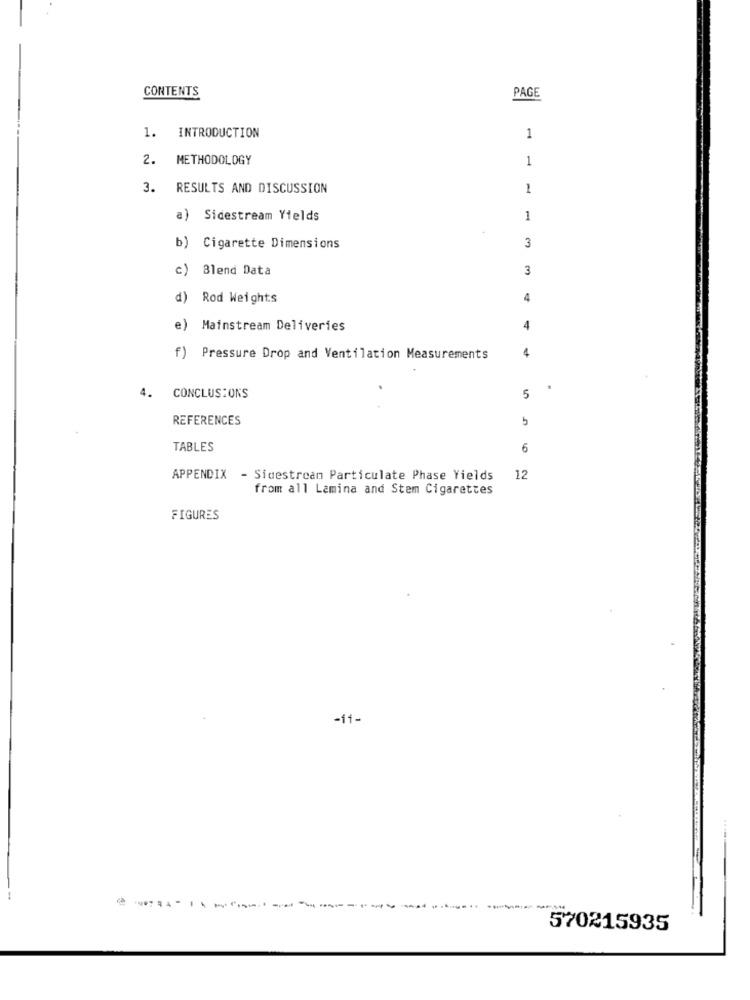
CONTENTS
PAGE
1.
INTRODUCTION
1
2.
METHODOLOGY
1
3. RESULTS AND DISCUSSION
1
) Sidestream Yields
1
b) Cigarette Dimensions
3
c) Blend Data
3
Rod Weights
4
e) Mainstream Deliveries
4
f) Pressure Drop and Ventilation Measurements
4. CONCLUSIONS
5
REFERENCES
TABLES
6
APPENDIX - Sigestream Particulate Phase Yields
12
from all Lamina and Stem Cigarettes
FIGURES
-11-
570215935